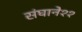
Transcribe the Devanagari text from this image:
संघाने११